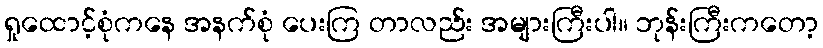
ရှုထောင့်စုံကနေ အနက်စုံ ပေးကြ တာလည်း အများကြီးပါ။ ဘုန်းကြီးကတော့